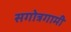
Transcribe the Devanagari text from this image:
सगोत्रगामी